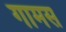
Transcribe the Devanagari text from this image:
गामस